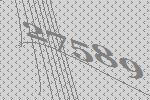
27589